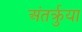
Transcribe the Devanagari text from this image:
अंतर्क्रुया